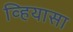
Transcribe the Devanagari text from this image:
व्हियासा